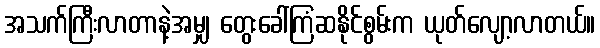
အသက်ကြီးလာတာနဲ့အမျှ တွေးခေါ်ကြံဆနိုင်စွမ်းက ယုတ်လျော့လာတယ်။